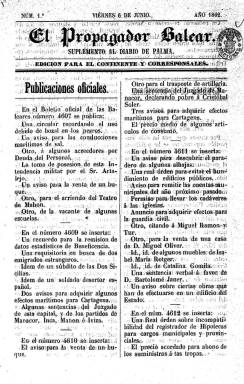
Título: El Propagador balear (Palma. 1862)
Colección: Periódicos
Ámbito geográfico: Baleares
Lugar de publicación: Palma
Fechas: 06/06/1862-31/03/1863

Como “suplemento al Diario de Palma”, título este que había recuperado su publicación, a partir del primero de septiembre de 1861, el impresor Felipe Guasp rescata también la cabecera El Propagador balear, que ya había sido editada anteriormente en 1837, 1846-1847 y 1856-1857, así mismo como suplemento a sus correspondientes otros diarios. En este caso, la colección de la Biblioteca Nacional de España comprende los 26 números que editó de este título, desde el seis de junio de 1862 hasta el 31 de marzo de 1863. Con variaciones en su formato (en 4º) son entregas de ocho páginas (aunque algunas lo sean de 16 o de 4), compuestas a dos columnas, que salían dos veces a la semana (martes y viernes).

En este periódico será incluido todo aquello que no cabe en el diario, a veces, por la larga extensión de sus textos, y otras por ser de naturaleza literaria o simplemente divulgativa de cuestiones variadas (culturales, sanitarias, religiosas, etc.). Estructura sus contenidos en secciones, como la que denomina Crónica de la provincia, firmada con las iniciales A.G., que deben corresponder a Felipe Guasp; Revista de la semana, Publicaciones oficiales o artículos Remitidos, apareciendo indicado también que “por lo que van sin firma” es atribuía su redacción a J. Contreras y Pons. También inserta, al final, algún anuncio de la Librería de Guasp. Así mismo, reproduce y comenta extractos de otras publicaciones periódicas, principalmente de las islas, y ofrece revistas de teatros.

Lleva la indicación de “edición para el continente y corresponsales”, por lo que debía ser distribuido entre los del diario en España y otras partes de Europa. A su inicial subtítulo añadirá “de todo lo que contiene este [Diario de Palma] relativo a la provincia”, pues su propietario pretendía que se conociera fuera la actualidad de las Baleares. Estampado por Guasp, que se denomina Impresor Real, aparece indicado como editor responsable el mismo que el del diario, Guillermo Ramis Ribot. En su última entrega, de 31 de marzo de 1863, anuncia su suspensión.